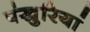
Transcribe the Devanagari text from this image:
पंखुरियां